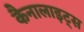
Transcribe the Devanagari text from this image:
कैनालाइट्स